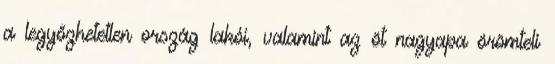
a legyőzhetetlen ország lakói, valamint az öt nagyapa örömteli